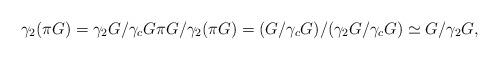
LaTeX: \begin{align*}\gamma_2(\pi{G})=\gamma_2{G}/\gamma_c{G} \pi{G}/\gamma_2(\pi{G})=(G/\gamma_c{G})/(\gamma_2{G}/\gamma_c{G})\simeq G/\gamma_2{G},\end{align*}